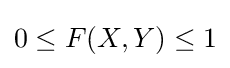
0\leq F(X,Y)\leq 1